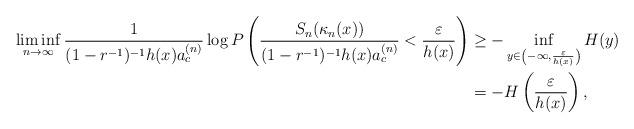
LaTeX: \begin{align*}\liminf_{n\to\infty}\frac{1}{(1-r^{-1})^{-1}h(x)a_c^{(n)}}\log P\left(\frac{S_n(\kappa_n(x))}{(1-r^{-1})^{-1}h(x)a_c^{(n)}}<\frac{\varepsilon}{h(x)}\right)&\geq-\inf_{y\in\left(-\infty,\frac{\varepsilon}{h(x)}\right)}H(y)\\&=-H\left(\frac{\varepsilon}{h(x)}\right),\end{align*}